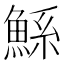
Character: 鯀